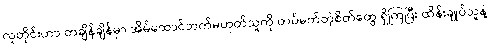
လူတိုင်းဟာ တချိန်ချိန်မှာ အိမ်ထောင်ဘက်မဟုတ်သူကို တပ်မက်တဲ့စိတ်တွေ ရှိကြပြီး ထိန်းချုပ်သူနဲ့